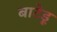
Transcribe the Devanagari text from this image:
बाटेड़ू